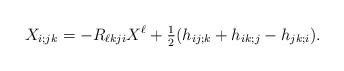
LaTeX: \begin{align*}X_{i;jk}=- R_{\ell kj i} X^\ell + \tfrac{1}{2} (h_{ij;k} + h_{ik;j} - h_{jk;i}).\end{align*}